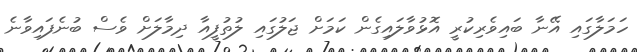
ހަމަލާގައި އޭނާ ބައިވެރިކުރީ އޮޅުވާލައިގެން ކަމަށް ޖަލުގައި ލުތުފީއާ ދިމާލަށް ވެސް ބުނެފައިވާނެ